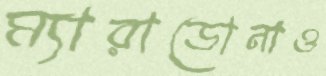
ম্যারাডোনাও